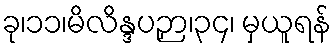
ခု၊၁၁၊မိလိန္ဒပဉှာ၊၃၄၊ မှယူရန်